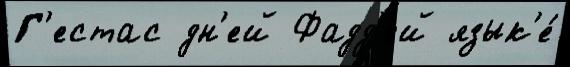
Г'естас дн'ей Фадд'ей язык'е́